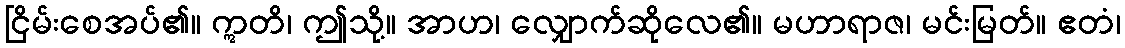
ငြိမ်းစေအပ်၏။ ဣတိ၊ ဤသို့။ အာဟ၊ လျှောက်ဆိုလေ၏။ မဟာရာဇ၊ မင်းမြတ်။ ဧတံ၊